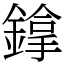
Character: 鎿